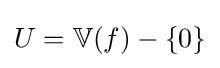
U=\mathbb {V} (f)-\{0\}